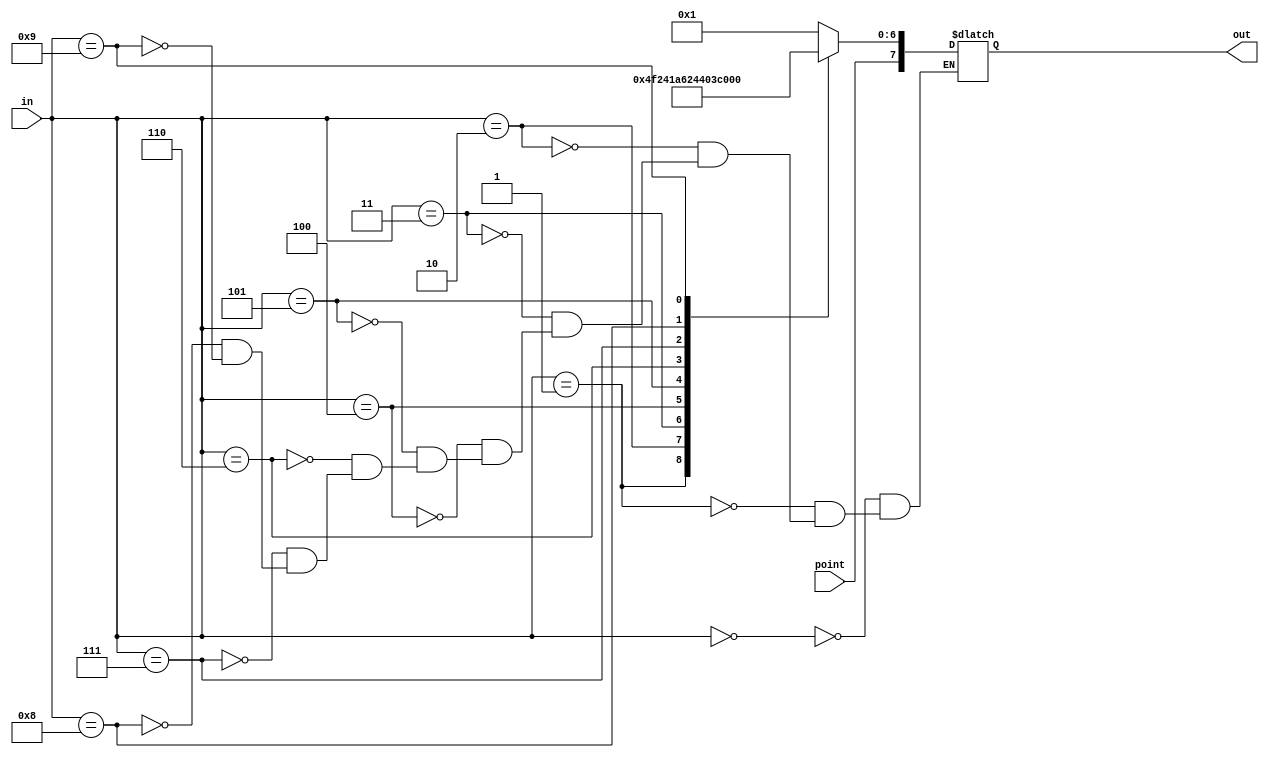
// EE20B007 Benstin Davis
`timescale 1ns / 1ps

module BCDto7Segment 
(
    input [3:0]in,
    input point,
    output reg [7:0]out
);
    
always @(*) begin
    case (in)
        4'b0000 :
        out = {point,~7'b1111110};
        4'b0001 :
        out = {point,~7'b0110000};
        4'b0010 :
        out = {point,~7'b1101101};
        4'b0011 :
        out = {point,~7'b1111001};
        4'b0100 :
        out = {point,~7'b0110011};
        4'b0101 :
        out = {point,~7'b1011011};
        4'b0110 :
        out = {point,~7'b1011111};
        4'b0111 :
        out = {point,~7'b1110000};
        4'b1000 :
        out = {point,~7'b1111111};
        4'b1001 :
        out = {point,~7'b1111011};
    endcase
end
endmodule